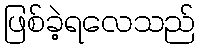
ဖြစ်ခဲ့ရလေသည်